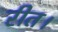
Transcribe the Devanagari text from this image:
रीत।